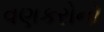
વણકરોનો